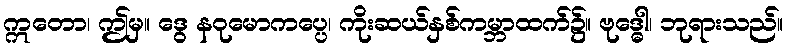
ဣတော၊ ဤမှ။ ဒွေ နဝုမောကပ္ပေ၊ ကိုးဆယ်နှစ်ကမ္ဘာထက်၌။ ဗုဒ္ဓေါ၊ ဘုရားသည်။